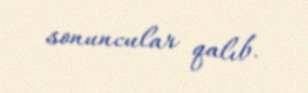
sonuncular qalıb.